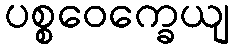
ပစ္စဝေက္ခေယျ